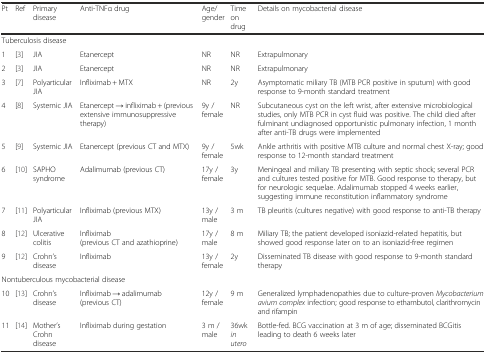
| Pt | Ref | Primary disease | Anti-TNFα drug | Age/gender | Time on drug | Details on mycobacterial disease |
 | --- | --- | --- | --- | --- | --- | --- |
 | <COLSPAN=7> Tuberculosis disease |
 | 1 | [3] | JIA | Etanercept | NR | NR | Extrapulmonary |
 | 2 | [3] | JIA | Etanercept | NR | NR | Extrapulmonary |
 | 3 | [7] | Polyarticular JIA | Infliximab + MTX | NR | 2y | Asymptomatic miliary TB (MTB PCR positive in sputum) with good response to 9-month standard treatment |
 | 4 | [8] | Systemic JIA | Etanercept → infliximab + (previous extensive immunosuppressive therapy) | 9y / female | NR | Subcutaneous cyst on the left wrist, after extensive microbiological studies, only MTB PCR in cyst fluid was positive. The child died after fulminant undiagnosed opportunistic pulmonary infection, 1 month after anti-TB drugs were implemented |
 | 5 | [9] | Systemic JIA | Etanercept (previous CT and MTX) | 9y / female | 5wk | Ankle arthritis with positive MTB culture and normal chest X-ray; good response to 12-month standard treatment |
 | 6 | [10] | SAPHO syndrome | Adalimumab (previous CT) | 17y / female | 3y | Meningeal and miliary TB presenting with septic shock; several PCR and cultures tested positive for MTB. Good response to therapy, but for neurologic sequelae. Adalimumab stopped 4 weeks earlier, suggesting immune reconstitution inflammatory syndrome |
 | 7 | [11] | Polyarticular JIA | Infliximab (previous MTX) | 13y / male | 3 m | TB pleuritis (cultures negative) with good response to anti-TB therapy |
 | 8 | [12] | Ulcerative colitis | Infliximab (previous CT and azathioprine) | 17y / male | 8 m | Miliary TB; the patient developed isoniazid-related hepatitis, but showed good response later on to an isoniazid-free regimen |
 | 9 | [12] | Crohn’s disease | Infliximab | 13y / female | 2y | Disseminated TB disease with good response to 9-month standard therapy |
 | <COLSPAN=7> Nontuberculous mycobacterial disease |
 | 10 | [13] | Crohn’s disease | Infliximab → adalimumab (previous CT) | 12y / female | 9 m | Generalized lymphadenopathies due to culture-proven Mycobacterium avium complex infection; good response to ethambutol, clarithromycin and rifampin |
 | 11 | [14] | Mother’s Crohn disease | Infliximab during gestation | 3 m / male | 36wk in utero | Bottle-fed. BCG vaccination at 3 m of age; disseminated BCGitis leading to death 6 weeks later |